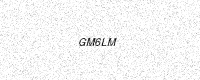
Text: GM6LM